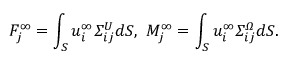
F _ { j } ^ { \infty } = \int _ { S } u _ { i } ^ { \infty } \itSigma _ { i j } ^ { U } d S , ~ M _ { j } ^ { \infty } = \int _ { S } u _ { i } ^ { \infty } \itSigma _ { i j } ^ { \itOmega } d S .